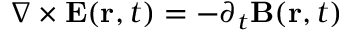
\nabla \times { \bf E } ( { \bf r } , t ) = - \partial _ { t } { \bf B } ( { \bf r } , t )